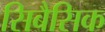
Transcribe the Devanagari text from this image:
सिबैसिक